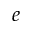
e